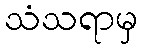
သံသရာမှ